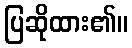
ပြဆိုထား၏။